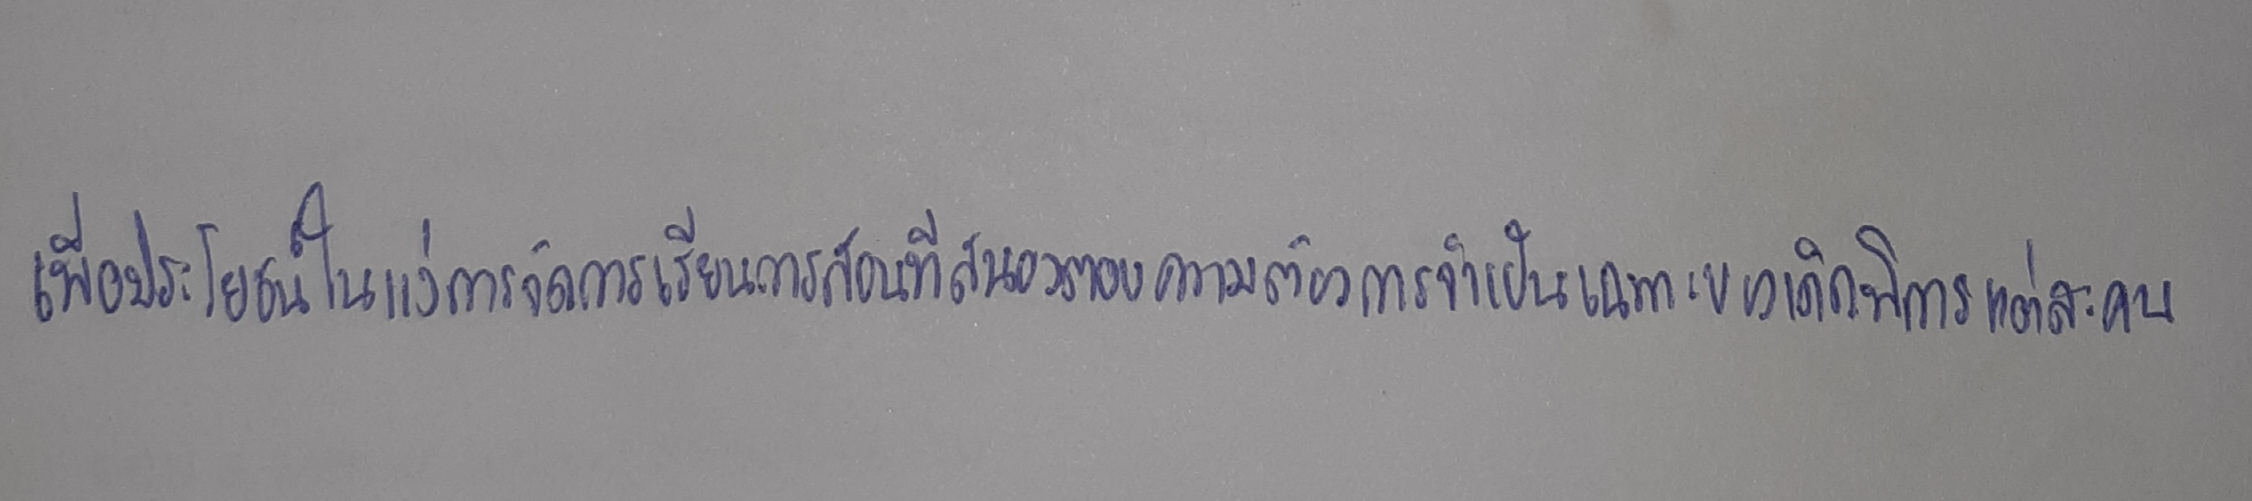
เพื่อประโยชน์ในแง่การจัดการเรียนการสอนที่สนองตอบความต้องการจำเป็นเฉพาะของเด็กพิการแต่ละคน